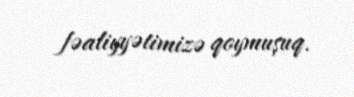
fəaliyyətimizə qoymuşuq.